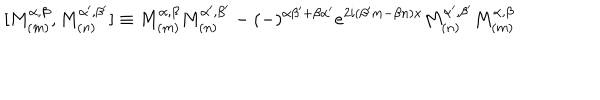
\lbrack M _ { ( m ) } ^ { \alpha , \beta } , M _ { ( n ) } ^ { \alpha ^ { \prime } , \beta ^ { \prime } } ] \equiv M _ { ( m ) } ^ { \alpha , \beta } M _ { ( n ) } ^ { \alpha ^ { \prime } , \beta ^ { \prime } } - ( - ) ^ { \alpha \beta ^ { \prime } + \beta \alpha ^ { \prime } } e ^ { 2 i ( \beta ^ { \prime } m - \beta n ) x } M _ { ( n ) } ^ { \alpha ^ { \prime } , \beta ^ { \prime } } M _ { ( m ) } ^ { \alpha , \beta }